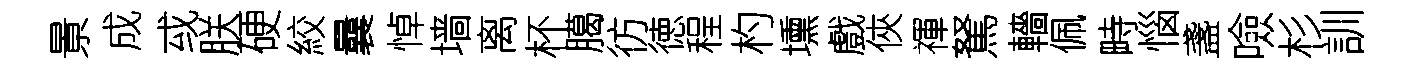
㬌成㦯朕硬絞曩悼墙离杯臈彷徳程杓壎戲俠禈駑轖佩畤惱盞噞杉訓